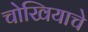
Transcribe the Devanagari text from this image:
चोखियाचे